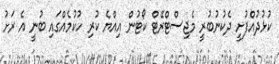
ކުޅުދުއްފުށީ ދެކުނުބުރީ މެޖިސްޓްރޭޓް ކޯޓުން އިއްޔެ ކުރި ހުކުމެއްގައި ބުނީ އެ ރަށު